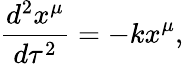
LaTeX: \frac{d^{2}x^{\mu}}{d\tau^{2}}=-kx^{\mu},